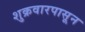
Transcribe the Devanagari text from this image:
शुक्रवारपासून